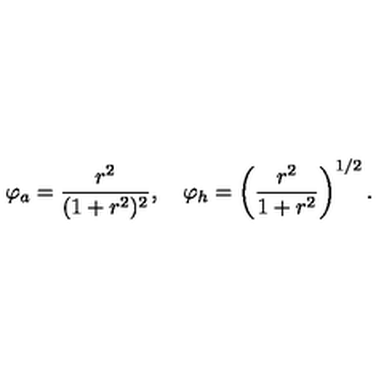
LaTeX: \varphi _ { a } = \frac { r ^ { 2 } } { ( 1 + r ^ { 2 } ) ^ { 2 } } , \quad \varphi _ { h } = \left( \frac { r ^ { 2 } } { 1 + r ^ { 2 } } \right) ^ { 1 / 2 } .